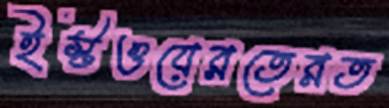
ইস্টওয়েরতেরত